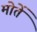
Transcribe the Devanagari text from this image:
मोतें